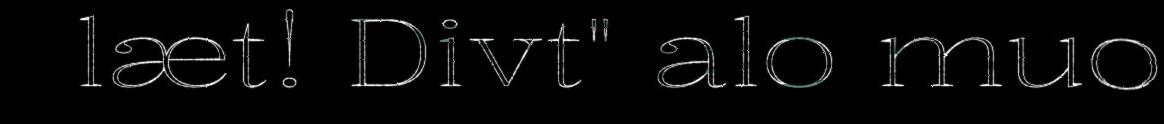
læt! Divt" alo muo